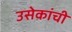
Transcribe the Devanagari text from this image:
उसेकांची